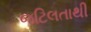
જટિલતાથી